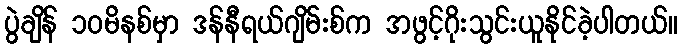
ပွဲချိန် ၁၀မိနစ်မှာ ဒန်နီရယ်ဂျိမ်းစ်က အဖွင့်ဂိုးသွင်းယူနိုင်ခဲ့ပါတယ်။